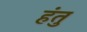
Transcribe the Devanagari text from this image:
हंतु